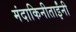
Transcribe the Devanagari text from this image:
मंदाकिनीताईंनी